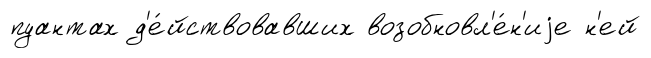
пуантах д'е́йствовавших возобновл'е́н'иjе н'ей